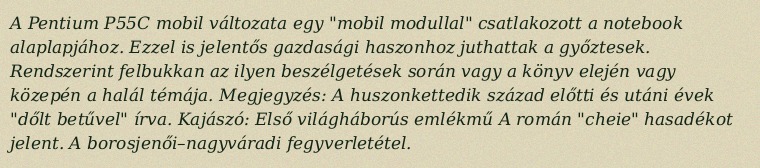
A Pentium P55C mobil változata egy "mobil modullal" csatlakozott a notebook alaplapjához. Ezzel is jelentős gazdasági haszonhoz juthattak a győztesek. Rendszerint felbukkan az ilyen beszélgetések során vagy a könyv elején vagy közepén a halál témája. Megjegyzés: A huszonkettedik század előtti és utáni évek "dőlt betűvel" írva. Kajászó: Első világháborús emlékmű A román "cheie" hasadékot jelent. A borosjenői–nagyváradi fegyverletétel.